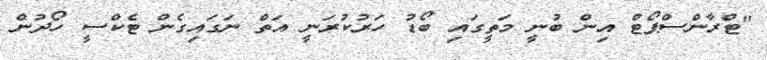
"ޓްރާންސްޕޯޓް އިން ބުނީ މަތީގައި ބޯޑު ހަރުކުރަނީ އަތް ނަގައިގެން ޓެކްސީ ހޯދުން